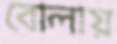
বোলায়